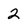
Character: 2